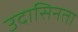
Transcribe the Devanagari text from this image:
उदासिनता